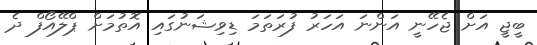
ބީޖީ އަށް ޖެހޭނީ އަންނަ އަހަރު ފުރަތަމަ ޑިވިޝަނުގައި އޮތުމަށް ޕްލޭއޯފް ދެ